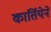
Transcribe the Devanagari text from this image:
कार्तियेने